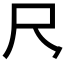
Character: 𪛛